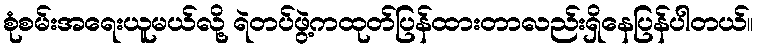
စုံစမ်းအရေးယူမယ်လို့ ရဲတပ်ဖွဲ့ကထုတ်ပြန်ထားတာလည်းရှိနေပြန်ပါတယ်။